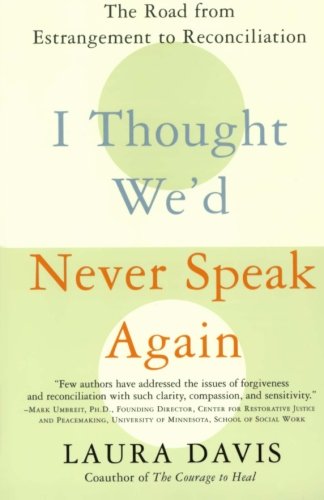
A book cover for I Thought We'd Never Speak Again: The Road from Estrangement to Reconciliation; Laura Davis; Self-Help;